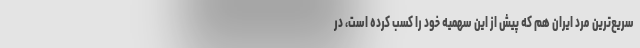
سریع‌ترین مرد ایران هم که پیش از این سهمیه خود را کسب کرده است، در